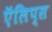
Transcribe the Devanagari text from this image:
ऍलिप्स